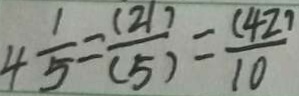
4 \frac { 1 } { 5 } = \frac { ( 2 1 ) } { ( 5 ) } = \frac { ( 4 2 ) } { 1 0 }